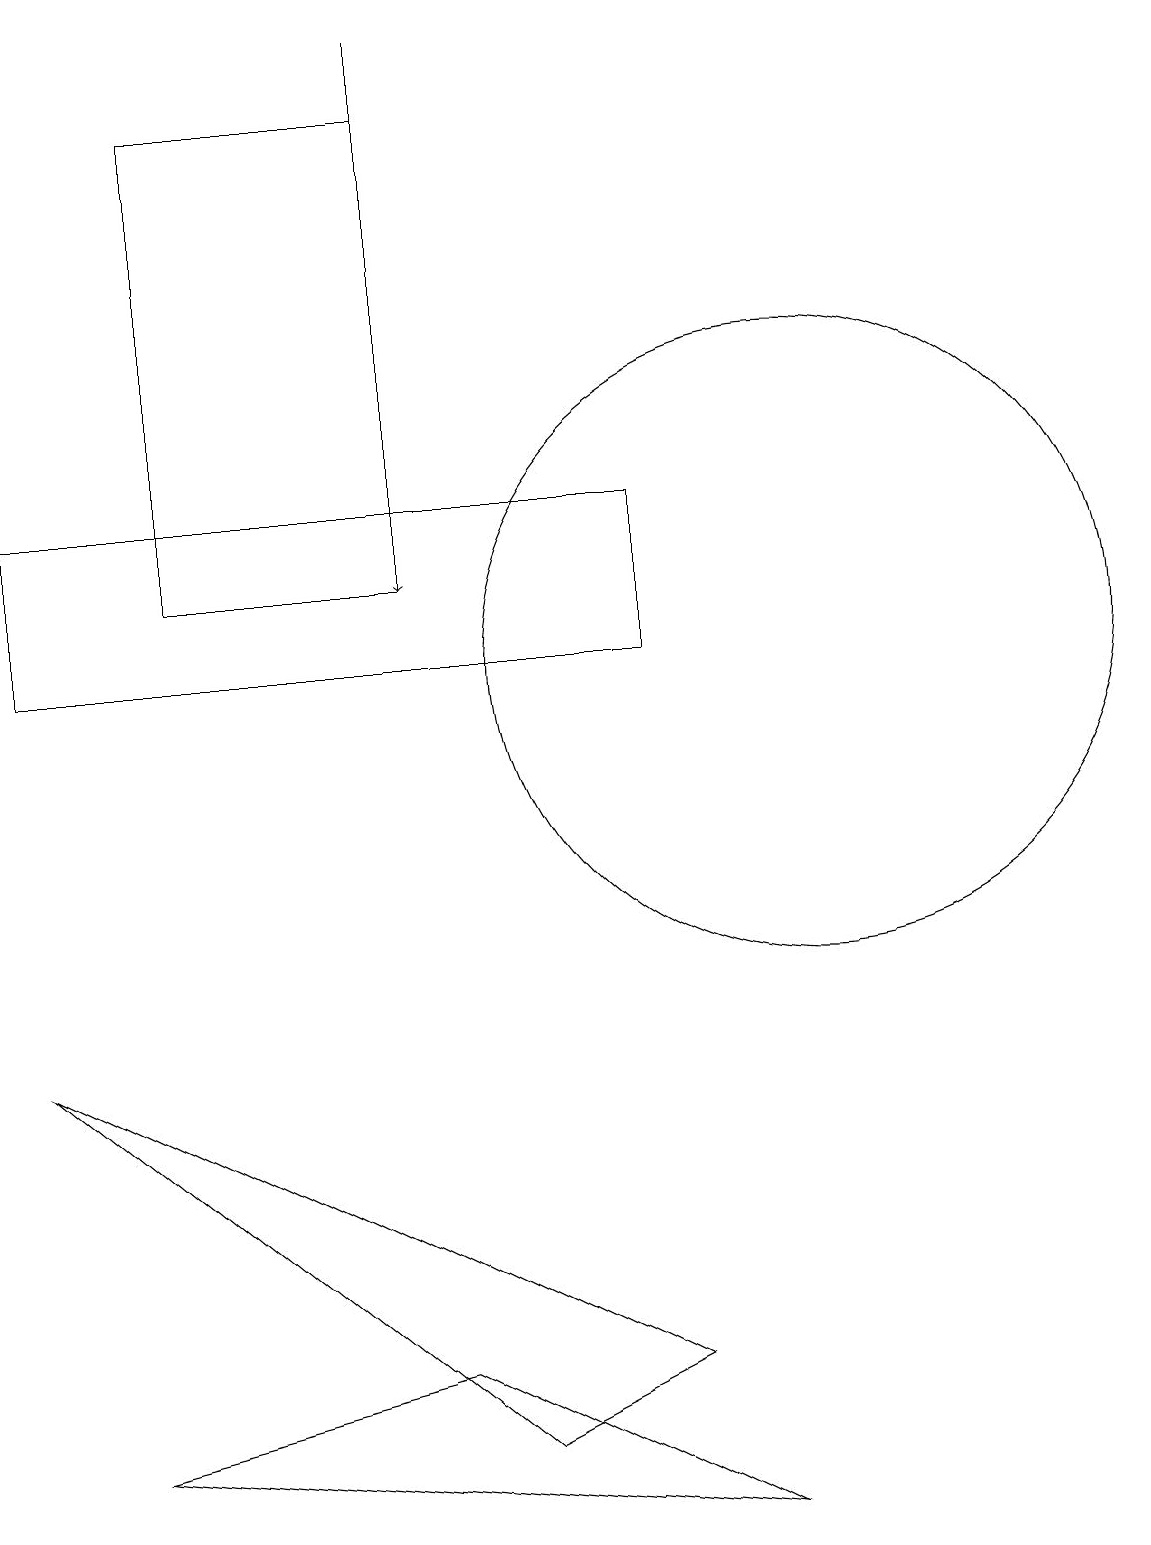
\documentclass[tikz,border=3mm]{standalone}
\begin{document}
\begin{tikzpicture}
\draw (0,11) rectangle (8,13);
\draw[->] (5,19) -- (5,12);
\draw (5,2) -- (9,0) -- (1,1) -- cycle;
\draw (2,18) rectangle (5,12);
\draw (10,11) circle (4);
\draw (6,1) -- (8,2) -- (0,6) -- cycle;
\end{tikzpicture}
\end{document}